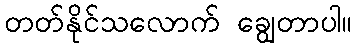
တတ်နိုင်သလောက် ချွေတာပါ။